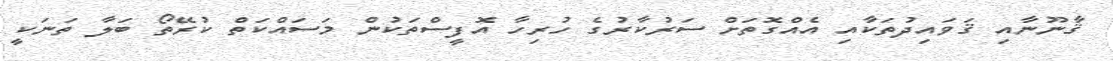
ޤާނޫނާއި ޤަވައިދުތަކާއި އެއްގޮތަށް ސަރުކާރުގެ ހުރިހާ އޮފީސްތަކުން މަސައްކަތް ކުރޭތޯ ބަލާ ތަނަކީ